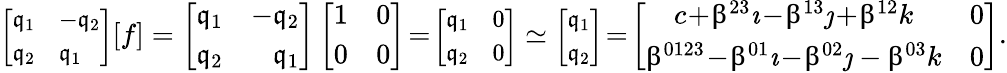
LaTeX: {\small\left[\begin{array}{ll}{\mathfrak{q}_{1}}&{-\mathfrak{q}_{2}}\\ {\mathfrak{q}_{2}}&{\mathfrak{q}_{1}}\end{array}\right]}[f]=\left[\begin{array}{ll}{\mathfrak{q}_{1}}&{-\mathfrak{q}_{2}}\\ {\mathfrak{q}_{2}}&{\phantom{-}\mathfrak{q}_{1}}\end{array}\right]\left[\begin{array}{ll}{1}&{0}\\ {0}&{0}\end{array}\right]\! =\! {\small\left[\begin{array}{ll}{\mathfrak{q}_{1}}&{0}\\ {\mathfrak{q}_{2}}&{0}\end{array}\right]}\simeq{\small\left[\begin{array}{l}{\mathfrak{q}_{1}}\\ {\mathfrak{q}_{2}}\end{array}\right]}\! =\! \left[\begin{array}{cc}{c\! +\! \upbeta^{23}\imath\! -\! \upbeta^{13}\jmath\! +\! \upbeta^{12}k}&{0}\\ {\upbeta^{0123}\! -\! \upbeta^{01}\imath\! -\! \upbeta^{02}\jmath-\upbeta^{03}k}&{0}\end{array}\right].